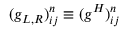
( g _ { L , R } ) _ { i j } ^ { n } \equiv ( g ^ { H } ) _ { i j } ^ { n }